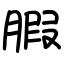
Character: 腵